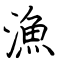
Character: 漁